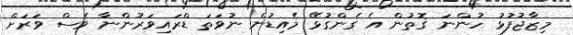
މިޒާޖުފުޅު ހުންނަ ގޮތުން އެ ގެންގުޅޭ މެއިޑުން ނުވަތަ ޑްރައިވަރުންނާ ވެސް ވަރަށް